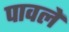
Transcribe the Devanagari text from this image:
पावलें